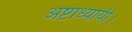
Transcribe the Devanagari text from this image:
अष्टाध्यायी।